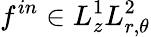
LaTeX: f^{in}\in L_{z}^{1}L_{r,\theta}^{2}